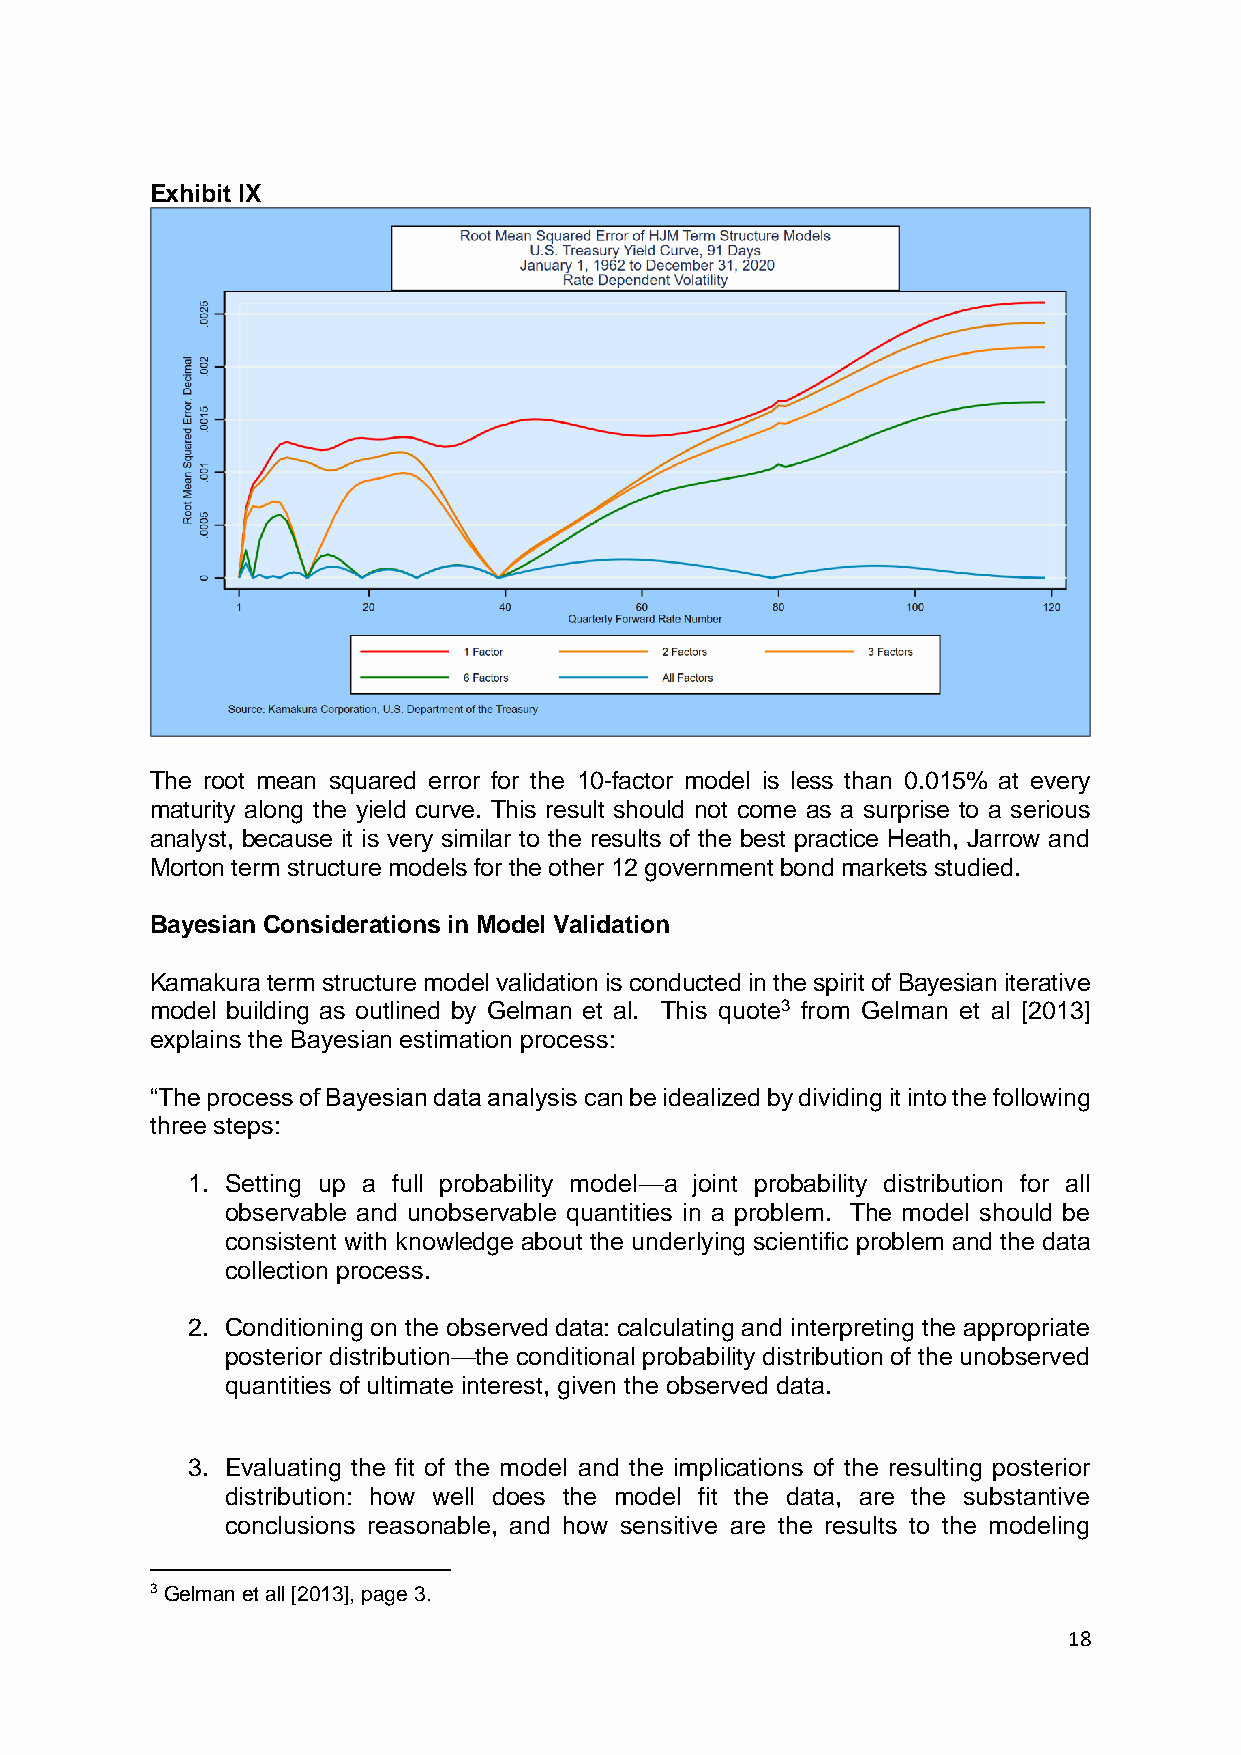
Exhibit IX
 The root mean squared error for the 10-factor model is less than 0.015% at every
 maturity along the yield curve. This result should not come as a surprise to a serious
 analyst, because it is very similar to the results of the best practice Heath, Jarrow and
 Morton term structure models for the other 12 government bond markets studied.
 Bayesian Considerations in Model Validation
 Kamakura term structure model validation is conducted in the spirit of Bayesian iterative
 model building as outlined by Gelman et al. This quote3 from Gelman et al [2013]
 explains the Bayesian estimation process:
 “The process of Bayesian data analysis can be idealized by dividing it into the following
 three steps:
 1. Setting up a full probability model—a joint probability distribution for all
 observable and unobservable quantities in a problem. The model should be
 consistent with knowledge about the underlying scientific problem and the data
 collection process.
 2. Conditioning on the observed data: calculating and interpreting the appropriate
 posterior distribution—the conditional probability distribution of the unobserved
 quantities of ultimate interest, given the observed data.
 3. Evaluating the fit of the model and the implications of the resulting posterior
 distribution: how well does the model fit the data, are the substantive
 conclusions reasonable, and how sensitive are the results to the modeling
 3 Gelman et all [2013], page 3.
 18